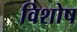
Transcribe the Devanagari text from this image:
विशोष